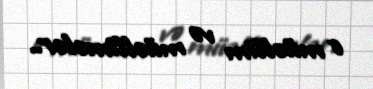
o müəllim və müəllimələr..